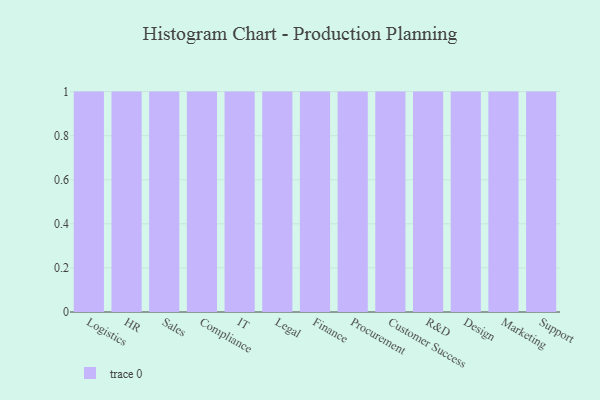
{"axis": {"x": "Department", "y": "Conversion Rate (%)"}, "legend": [""], "data": [{"x": "Logistics", "y": 85, "type": ""}, {"x": "HR", "y": 11, "type": ""}, {"x": "Sales", "y": 25, "type": ""}, {"x": "Compliance", "y": 94, "type": ""}, {"x": "IT", "y": 25, "type": ""}, {"x": "Legal", "y": 43, "type": ""}, {"x": "Finance", "y": 87, "type": ""}, {"x": "Procurement", "y": 5, "type": ""}, {"x": "Customer Success", "y": 91, "type": ""}, {"x": "R&D", "y": 54, "type": ""}, {"x": "Design", "y": 26, "type": ""}, {"x": "Marketing", "y": 97, "type": ""}, {"x": "Support", "y": 48, "type": ""}]}